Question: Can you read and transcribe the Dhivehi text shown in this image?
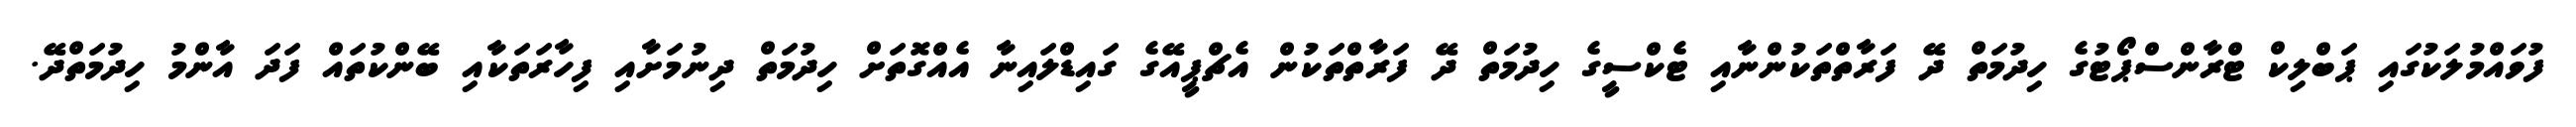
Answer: ފުވައްމުލަކުގައި ޕަބްލިކް ޓްރާންސްޕޯޓުގެ ހިދުމަތް ދޭ ފަރާތްތަކުންނާއި ޓެކްސީގެ ހިދުމަތް ދޭ ފަރާތްތަކުން އެޗްޕީއޭގެ ގައިޑްލައިނާ އެއްގޮތަށް ހިދުމަތް ދިނުމަށާއި ފިހާރަތަކާއި ބޭންކުތައް ފަދަ އާންމު ހިދުމަތްދޭ.